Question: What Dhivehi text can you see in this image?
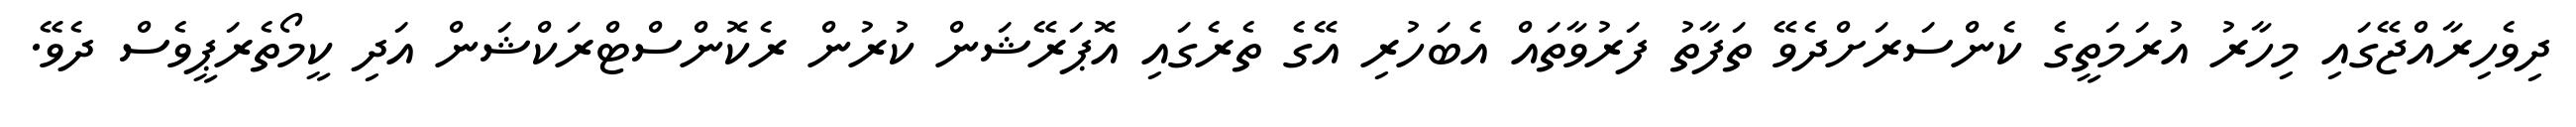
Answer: ދިވެހިރާއްޖޭގައި މިހާރު އުރަމަތީގެ ކެންސަރަށްދެވޭ ތަފާތު ފަރުވާތައް އެބަހުރި އޭގެ ތެރެގައި އޮޕަރޭޝަން ކުރުން ރެކޮންސްޓްރަކްޝަން އަދި ކީމޯތެރަޕީވެސް ދެވޭ.